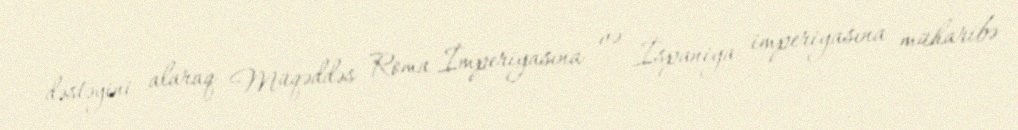
dəstəyini alaraq Müqəddəs Roma İmperiyasına və İspaniya imperiyasına müharibə